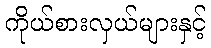
ကိုယ်စားလှယ်များနှင့်